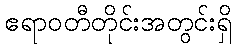
ဧရာဝတီတိုင်းအတွင်းရှိ